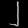
Digit: ၂